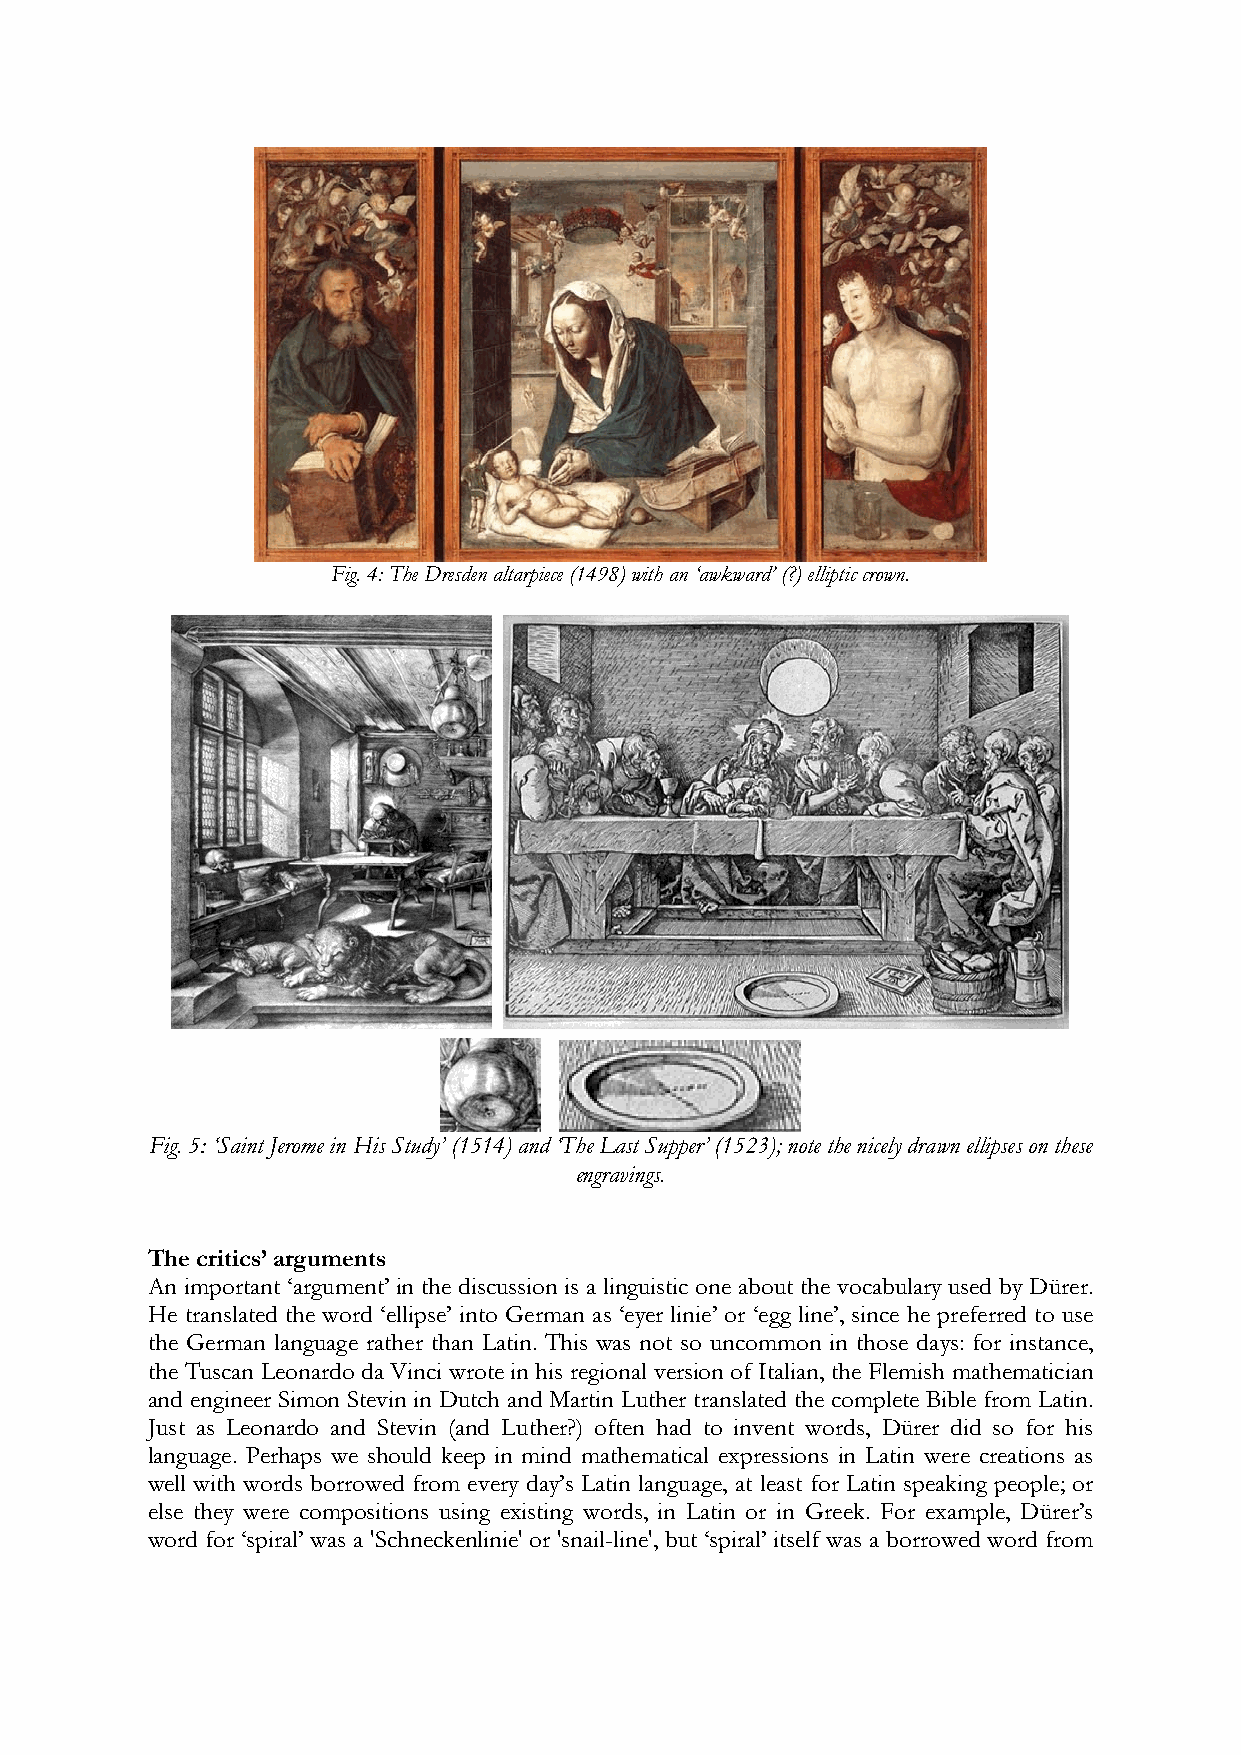
Fig. 4: The Dresden altarpiece (1498) with an ‘awkward’ (?) elliptic crown.
 Fig. 5: ‘Saint Jerome in His Study’ (1514) and ‘The Last Supper’ (1523); note the nicely drawn ellipses on these
 engravings.
 The critics’ arguments
 An important ‘argument’ in the discussion is a linguistic one about the vocabulary used by Dürer.
 He translated the word ‘ellipse’ into German as ‘eyer linie’ or ‘egg line’, since he preferred to use
 the German language rather than Latin. This was not so uncommon in those days: for instance,
 the Tuscan Leonardo da Vinci wrote in his regional version of Italian, the Flemish mathematician
 and engineer Simon Stevin in Dutch and Martin Luther translated the complete Bible from Latin.
 Just as Leonardo and Stevin (and Luther?) often had to invent words, Dürer did so for his
 language. Perhaps we should keep in mind mathematical expressions in Latin were creations as
 well with words borrowed from every day’s Latin language, at least for Latin speaking people; or
 else they were compositions using existing words, in Latin or in Greek. For example, Dürer’s
 word for ‘spiral’ was a 'Schneckenlinie' or 'snail-line', but ‘spiral’ itself was a borrowed word from